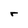
Character: r